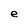
Character: e